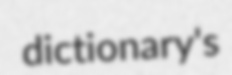
dictionary's